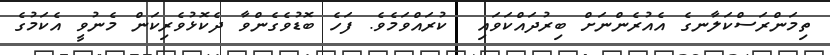
ތިމަންރަސްކަލާނގެ އެއުރެންނަށް ބިރުދައްކަވައި  ކުރައްވަމެވެ. ފަހެ ބޮޑުވެގެންވާ ދެކޮޅުވެރިކަން މެނުވީ އެކަމުގެ